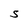
Character: s